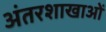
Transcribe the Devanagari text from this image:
अंतरशाखाओं